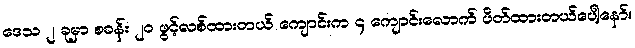
ဒေသ ၂ ခုမှာ စခန်း ၂၀ ဖွင့်လစ်ထားတယ် ကျောင်းက ၄ ကျောင်းလောက် ပိတ်ထားတယ်ပေါ့နော်။